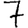
Digit: 7